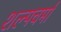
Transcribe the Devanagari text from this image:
शल्पचर्मा